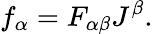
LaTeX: f_{\alpha}=F_{\alpha\beta}J^{\beta}.